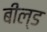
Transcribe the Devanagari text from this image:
बील्ड